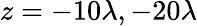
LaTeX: z=-10\lambda,-20\lambda